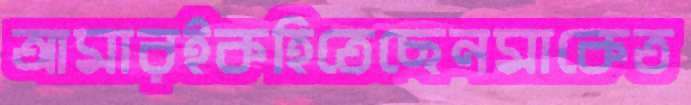
আমারইকহিতেছেনমাকেত